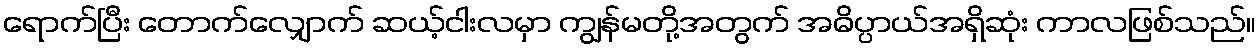
ရောက်ပြီး တောက်လျှောက် ဆယ့်ငါးလမှာ ကျွန်မတို့အတွက် အဓိပ္ပာယ်အရှိဆုံး ကာလဖြစ်သည်။